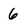
Character: 6